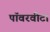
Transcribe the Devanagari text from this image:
पॉवरवीटा